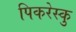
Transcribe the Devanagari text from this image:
पिकरेस्कु